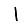
Digit: 1